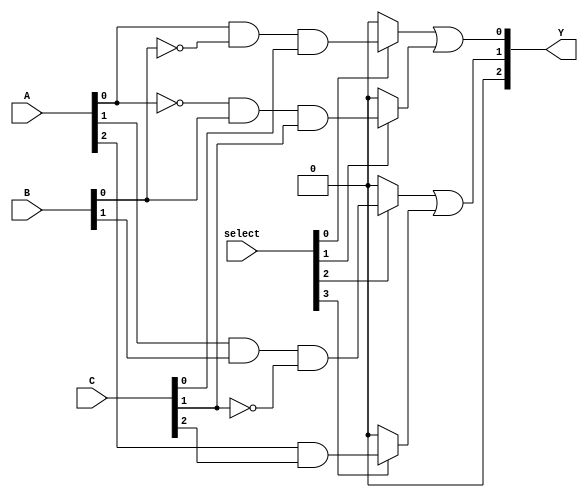
module PLA (
    input [3:0] A,        // 4-bit input
    input [3:0] B,        // 4-bit input
    input [3:0] C,        // 4-bit input
    input [3:0] select,   // Selector signals for programming AND plane
    output [2:0] Y        // 3 outputs
);

// AND plane
wire [7:0] product_terms; // Assuming up to 8 product terms

assign product_terms[0] = (select[0]) ? (A[0] & ~B[0] & C[0]) : 1'b0; // Example product term 1
assign product_terms[1] = (select[1]) ? (~A[0] & B[0] & C[1]) : 1'b0; // Example product term 2
assign product_terms[2] = (select[2]) ? (A[1] & B[1] & ~C[1]) : 1'b0; // Example product term 3
assign product_terms[3] = (select[3]) ? (A[2] & C[2]) : 1'b0;         // Example product term 4
assign product_terms[4] = (select[4]) ? (~A[3] & B[3]) : 1'b0;       // Example product term 5
assign product_terms[5] = (select[5]) ? (A[3] & ~B[2]) : 1'b0;       // Example product term 6
assign product_terms[6] = (select[6]) ? (A[2] & B[1] & C[0]) : 1'b0; // Example product term 7
assign product_terms[7] = (select[7]) ? (A[1] & B[2] & C[2]) : 1'b0; // Example product term 8

// OR Plane
assign Y[0] = product_terms[0] | product_terms[1];   // Example output 1
assign Y[1] = product_terms[2] | product_terms[3];   // Example output 2
assign Y[2] = product_terms[4] | product_terms[5] | product_terms[6] | product_terms[7]; // Example output 3

endmodule